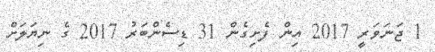
1 ޖަނަވަރީ 2017 އިން ފެށިގެން 31 ޑިސެންބަރު 2017 ގެ ނިޔަލަށް